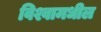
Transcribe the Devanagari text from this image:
विश्वामधील